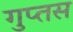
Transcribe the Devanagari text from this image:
गुप्तस